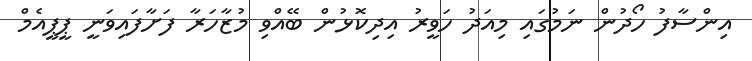
އިންސާފު ހޯދުން ނަމުގައި މިއަދު ހަވީރު އިދިކޮޅުން ބޭއްވި މުޒާހަރާ ފަށާފައިވަނީ ޕީޕީއެމް